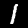
Digit: 1